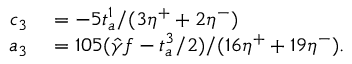
\begin{array} { r l } { c _ { 3 } } & { { } = - 5 t _ { a } ^ { 1 } / ( 3 \eta ^ { + } + 2 \eta ^ { - } ) } \\ { a _ { 3 } } & { { } = 1 0 5 ( { \hat { \gamma } } f - t _ { a } ^ { 3 } / 2 ) / ( 1 6 \eta ^ { + } + 1 9 \eta ^ { - } ) . } \end{array}